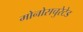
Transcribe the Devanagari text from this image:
मोनोसचुरेटेड